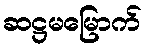
ဆဋ္ဌမမြောက်